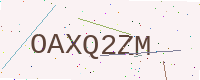
Text: OAXQ2ZM